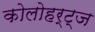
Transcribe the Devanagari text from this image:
कोलोहर्ट्ज